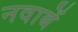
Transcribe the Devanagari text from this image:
नवाबें